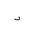
Letter: _dal